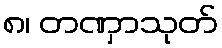
၈၊ တဏှာသုတ်